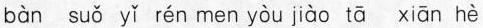
bàn suǒ yǐ rén men yòu jiào tā xiān hè